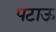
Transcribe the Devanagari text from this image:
पटाऊ